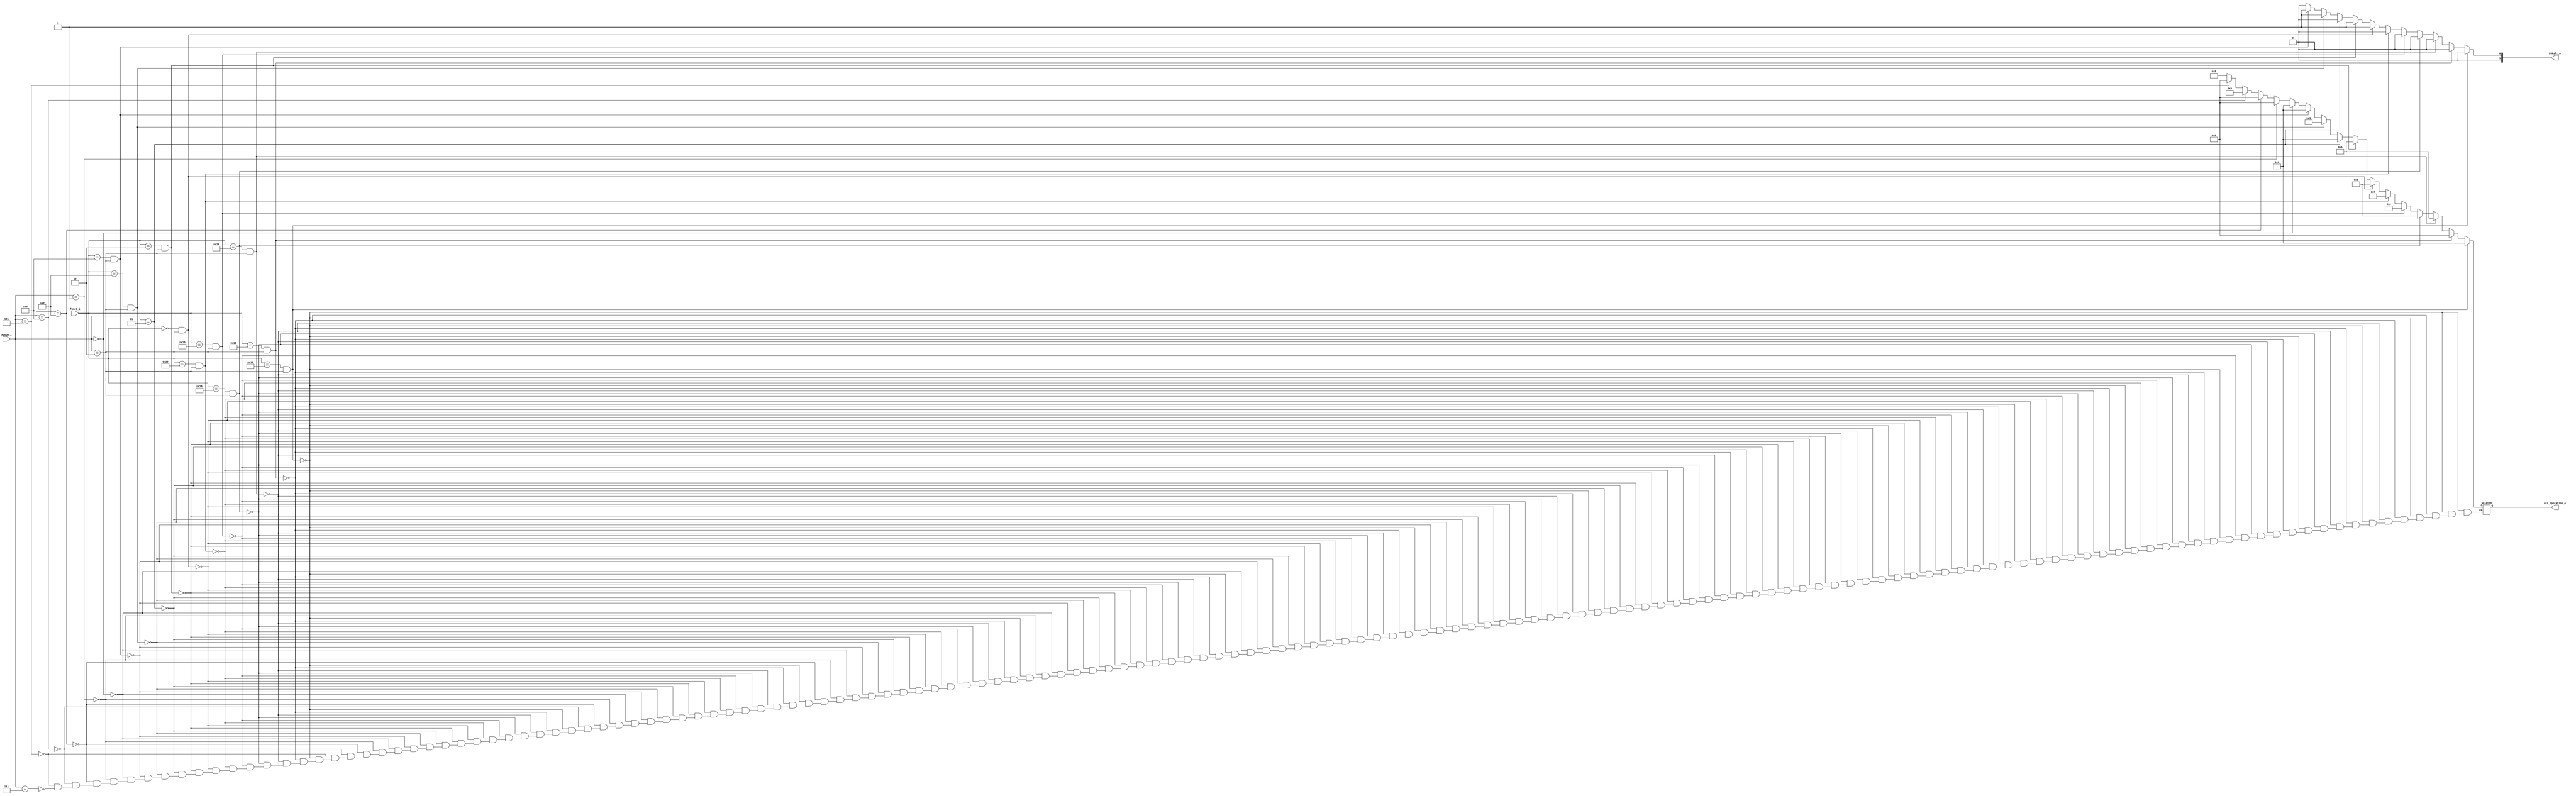
module ALU_Ctrl( funct_i, ALUOp_i, ALU_operation_o, FURslt_o );

//I/O ports 
input      [6-1:0] funct_i;
input      [3-1:0] ALUOp_i;

output     [4-1:0] ALU_operation_o;  
output     [2-1:0] FURslt_o;
     
//Internal Signals
wire		[4-1:0] ALU_operation_o;
wire		[2-1:0] FURslt_o;

//Main function
/*your code here*/
reg [4-1:0] ALU_operation_o1;
reg [2-1:0] FURslt_o1;
always@(funct_i, ALUOp_i)
begin
  if(funct_i == 6'b010010 && ALUOp_i == 3'b010)//add
    begin
  	ALU_operation_o1 = 4'b0010;
    FURslt_o1 = 2'b00;
    end
  else if(funct_i == 6'b010000 && ALUOp_i == 3'b010)//sub
    begin
  	ALU_operation_o1 = 4'b0110;
	FURslt_o1 = 2'b00;
    end
  else if(funct_i == 6'b010100 && ALUOp_i == 3'b010)//and
    begin
  	ALU_operation_o1 = 4'b0000;
	FURslt_o1 = 2'b00;
    end
  else if(funct_i == 6'b010110 && ALUOp_i == 3'b010)//or
    begin
  	ALU_operation_o1 = 4'b0001;
	FURslt_o1 = 2'b00;
    end
  else if(funct_i == 6'b010101 && ALUOp_i == 3'b010)//nor
    begin
  	ALU_operation_o1 = 4'b1100;
	FURslt_o1 = 2'b00;
    end
  else if(funct_i == 6'b100000 && ALUOp_i == 3'b010)//slt
    begin
  	ALU_operation_o1 = 4'b0111;
	FURslt_o1 = 2'b00;
	//$display("slt");
    end
  else if(funct_i == 6'b000000 && ALUOp_i == 3'b010)//sll
    begin
  	ALU_operation_o1 = 4'b0001;
	FURslt_o1 = 2'b01;
    end
  else if(funct_i == 6'b000010 && ALUOp_i == 3'b010)//srl
    begin
  	ALU_operation_o1 = 4'b0000;
	FURslt_o1 = 2'b01;
    end
  else if(ALUOp_i == 3'b011)//addi
    begin
	ALU_operation_o1 = 4'b0010;
	FURslt_o1 = 2'b00;
    end
  else if(funct_i == 6'b000110 && ALUOp_i == 3'b010)//sllv
    begin
	ALU_operation_o1 = 4'b0011;
	FURslt_o1 = 2'b01;
    end
  else if(funct_i == 6'b000100 && ALUOp_i == 3'b010)//srlv
    begin
	ALU_operation_o1 = 4'b0010;
	FURslt_o1 = 2'b01;
	end
  else if(ALUOp_i == 3'b000)//lw sw
    begin
	ALU_operation_o1 = 4'b0010;
	FURslt_o1 = 2'b00;
    end
  else if(ALUOp_i == 3'b001)//beq
    begin
	ALU_operation_o1 = 4'b0110;
	FURslt_o1 = 2'b00;
	//$display("beq");
	end
  else if(ALUOp_i == 3'b110)//bne
    begin
	ALU_operation_o1 = 4'b0110;
	FURslt_o1 = 2'b00;
	end
  else if(ALUOp_i == 3'b100)//blt
    begin
	ALU_operation_o1 = 4'b1001;
	FURslt_o1 = 2'b00;
	end
  else if(ALUOp_i == 3'b101)//bnez
    begin
	ALU_operation_o1 = 4'b0110;
	FURslt_o1 = 2'b00;
	end
  else if(ALUOp_i == 3'b111)//bgez
    begin
	ALU_operation_o1 = 4'b1000;
	FURslt_o1 = 2'b00;
	end
  else
	FURslt_o1 = 2'b00;
end 

assign ALU_operation_o = ALU_operation_o1;
assign FURslt_o = FURslt_o1;

endmodule